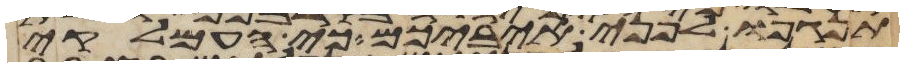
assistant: תנגפו לפני איביכם כי העמלקי